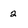
Character: 2